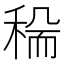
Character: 𥟺